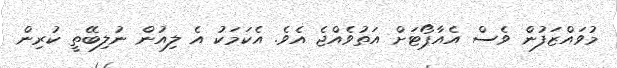
މުވައްޒަފުން ވެސް އެއާޕޯޓަށް އަތުވެއްޖެ އެވެ. އެކަމަކު އެ ލިއުން ނުލިބޭތީ ކުރިން